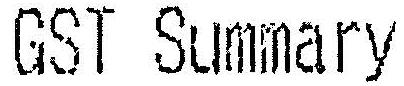
GST SUMMARY